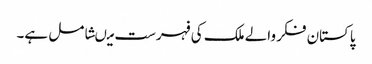
پاکستان فکر والے ملک کی فہرست میںشامل ہے۔